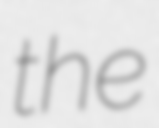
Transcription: the